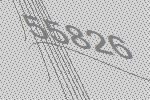
55826